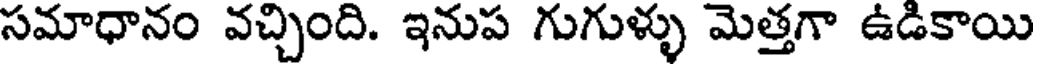
సమాధానం వచ్చింది. ఇనుప గుగుళ్ళు మెత్తగా ఉడికాయి